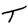
Character: T